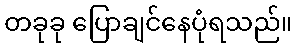
တခုခု ပြောချင်နေပုံရသည်။